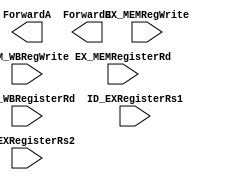
module Forwarding_Unit(
	EX_MEMRegWrite,
	MEM_WBRegWrite,
	EX_MEMRegisterRd,
	MEM_WBRegisterRd,
	ID_EXRegisterRs1,
	ID_EXRegisterRs2,
	ForwardA,
	ForwardB
	);
input EX_MEMRegWrite, MEM_WBRegWrite;
input [4:0] EX_MEMRegisterRd, MEM_WBRegisterRd, ID_EXRegisterRs1, ID_EXRegisterRs2;
output reg [1:0] ForwardA, ForwardB;

always@(*)begin
// add your code here

end


endmodule